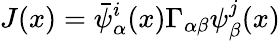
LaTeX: J(x)=\bar{\psi}_{\alpha}^{i}(x)\Gamma_{\alpha\beta}\psi_{\beta}^{j}(x)